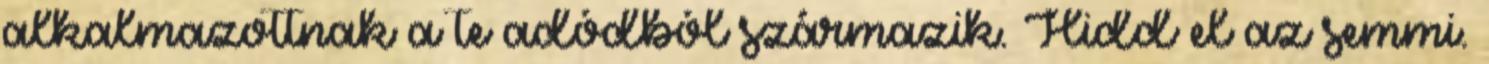
alkalmazottnak a te adódból származik. Hidd el az semmi.